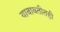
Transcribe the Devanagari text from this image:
याबाबतीतही